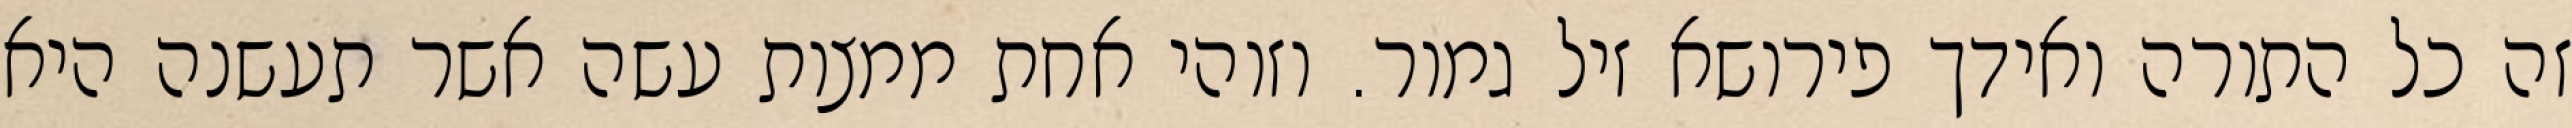
זה כל התורה ואידך פירושא זיל גמור. וזוהי אחת ממצות עשה אשר תעשנה היא